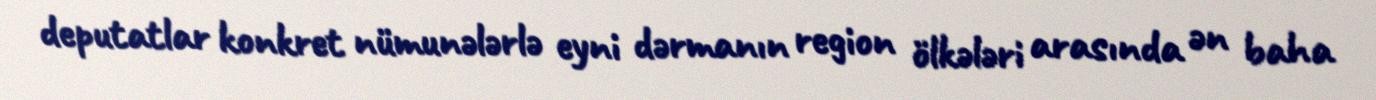
deputatlar konkret nümunələrlə eyni dərmanın region ölkələri arasında ən baha